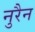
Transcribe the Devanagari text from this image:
नुरैन